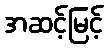
အဆင့်မြင့်